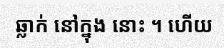
ឆ្លាក់ នៅក្នុង នោះ ។ ហើយ